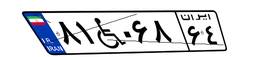
۸۱W۰۶۸۶۴